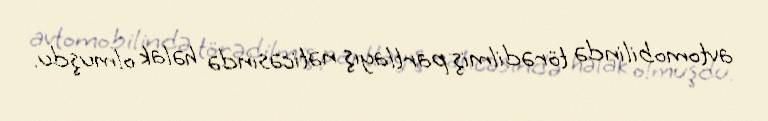
avtomobilində törədilmiş partlayış nəticəsində həlak olmuşdu.